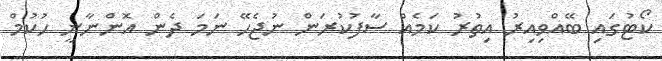
ކޯޓުގައި ބޭއްވިއިރު އިތުރު ކަމެއް ސާފުކުރަން ނުޖެހޭ ނަމަ ދެން އޮންނާނީ ހުކުމް